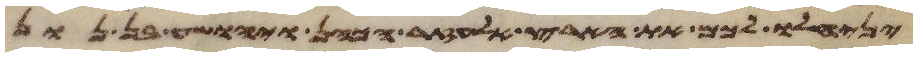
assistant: ינחלו לכם את הארץ אלעזר הכהן ויהושע בן נון